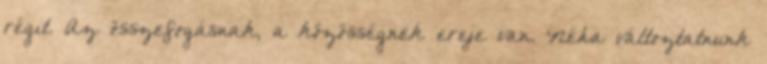
régit. Az összefogásnak, a közösségnek ereje van. Néha változtatnunk